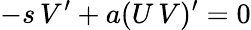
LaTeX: -s\, V^{\prime}+a(U\, V)^{\prime}=0